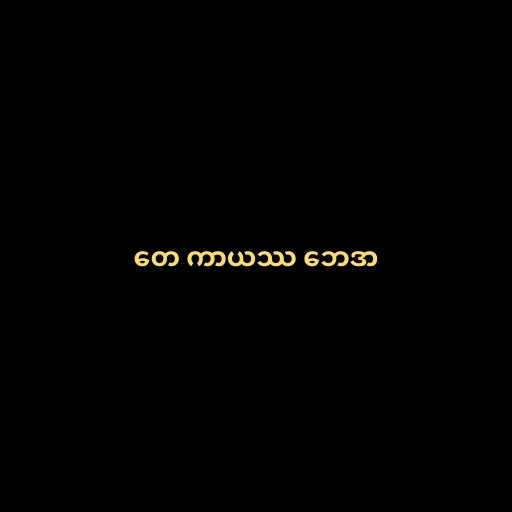
တေ ကာယဿ ဘေဒာ